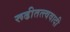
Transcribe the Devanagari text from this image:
रूढीतत्त्ववादी